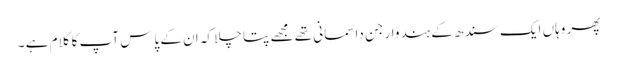
پھر وہاں ایک سندھ کے ہندوار جن داسمانی تھے مجھے پتا چلا کہ ان کے پاس آپ کا کلام ہے ۔